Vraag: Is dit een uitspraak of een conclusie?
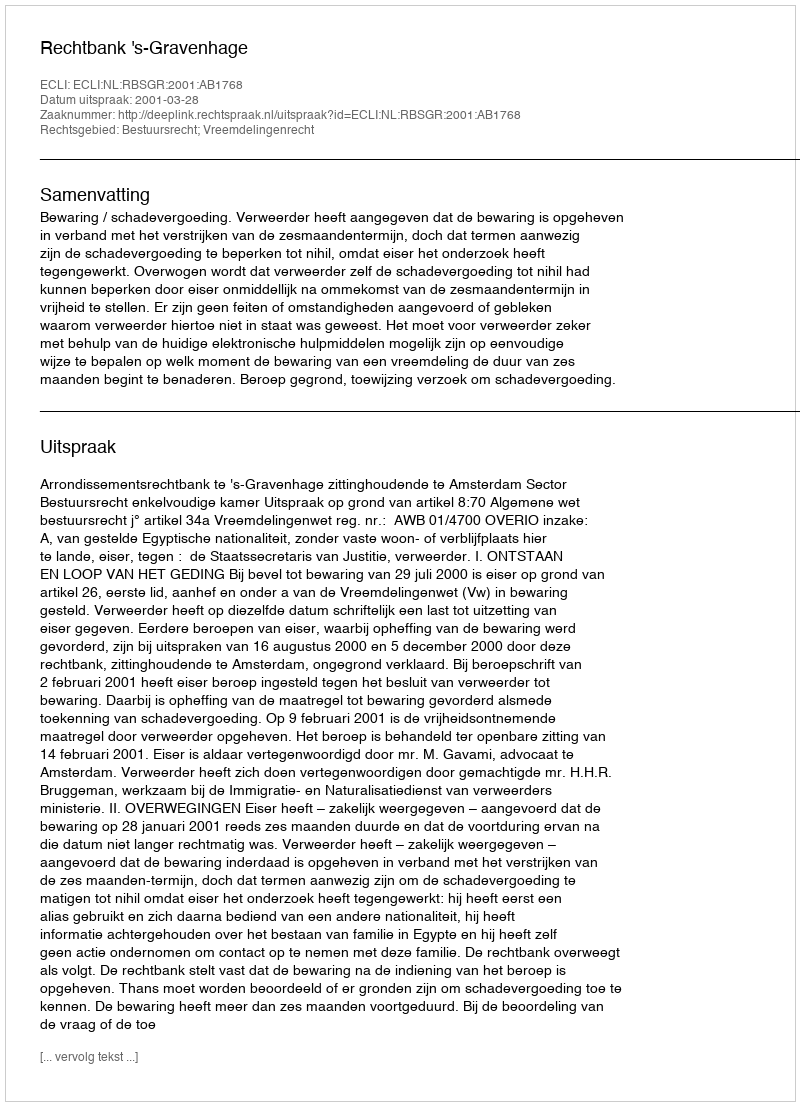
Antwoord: Uitspraak